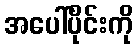
အပေါ်ပိုင်းကို